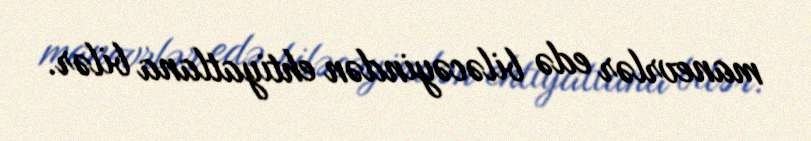
manevrlər edə biləcəyindən ehtiyatlana bilər.